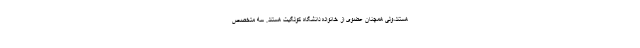
هستند،‌ولی همچنان عضوی از خانواده دانشگاه کولگیت هستند. سه متخصص